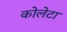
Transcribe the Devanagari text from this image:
कोलेटा